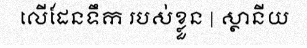
លើដែនទឹក របស់ខ្លួន | ស្ថានីយ